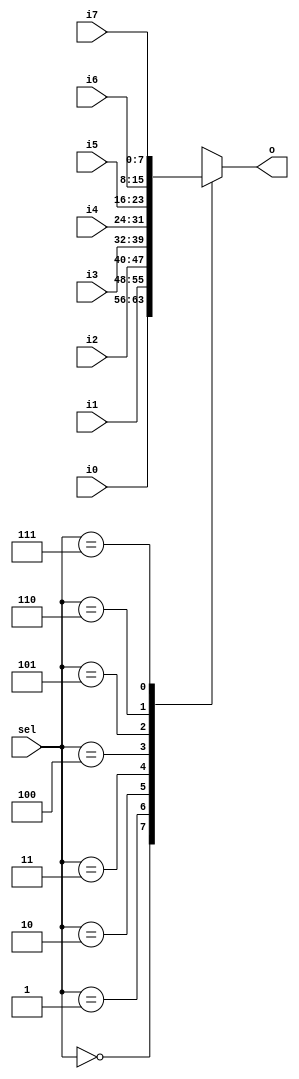
module Mux8(sel, i0, i1, i2, i3, i4, i5, i6, i7, o);

	parameter data_width = 8;

	input[2 : 0] sel;
	input[data_width - 1 : 0] i0;
	input[data_width - 1 : 0] i1;
	input[data_width - 1 : 0] i2;
	input[data_width - 1 : 0] i3;
	input[data_width - 1 : 0] i4;
	input[data_width - 1 : 0] i5;
	input[data_width - 1 : 0] i6;
	input[data_width - 1 : 0] i7;
	output[data_width - 1 : 0] o;
	
	reg[data_width - 1 : 0] reg_o;

	always @(*) begin
		case (sel)
			0 : reg_o <= i0;
			1 : reg_o <= i1;
			2 : reg_o <= i2;
			3 : reg_o <= i3;
			4 : reg_o <= i4;
			5 : reg_o <= i5;
			6 : reg_o <= i6;
			7 : reg_o <= i7;
			default : /* default */;
		endcase
	end

	assign o = reg_o;

endmodule